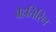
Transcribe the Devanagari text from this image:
बेहतिरिन